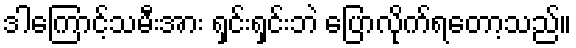
ဒါကြောင့်သမီးအား ရှင်းရှင်းဘဲ ပြောလိုက်ရတော့သည်။